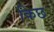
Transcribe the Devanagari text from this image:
किछ